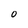
Character: O